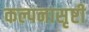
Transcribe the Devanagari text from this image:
कल्पनासृष्टी